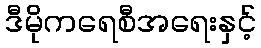
ဒီမိုကရေစီအရေးနှင့်